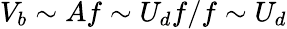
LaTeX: V_{b}\sim Af\sim U_{d}f/f\sim U_{d}